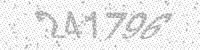
Solution: 241796